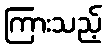
ကြားသည့်